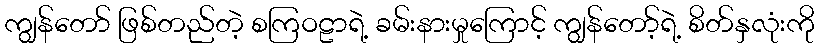
ကျွန်တော် ဖြစ်တည်တဲ့ စကြဝဠာရဲ့ ခမ်းနားမှုကြောင့် ကျွန်တော့်ရဲ့ စိတ်နှလုံးကို